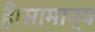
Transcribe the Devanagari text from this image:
हैं।सामान्य